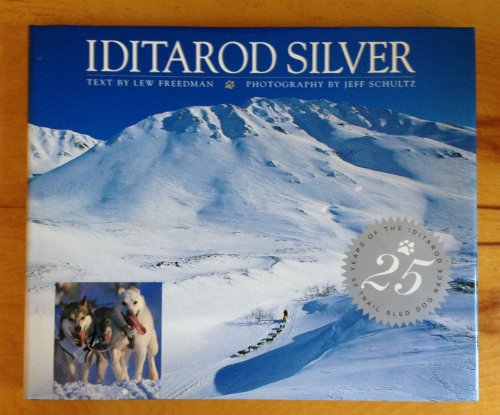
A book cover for Iditarod Silver; Lewis Freedman; Sports & Outdoors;